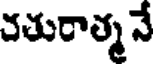
చతురాత్మ నే